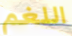
اللغم